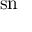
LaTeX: \, \mathrm { { s n \! } }